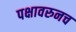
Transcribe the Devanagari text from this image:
पक्षावरुनच